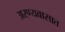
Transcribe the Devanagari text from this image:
अरण्यवासात